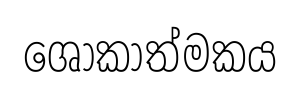
ශෝකාත්මකය